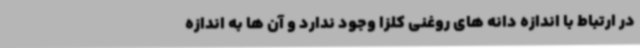
در ارتباط با اندازه دانه های روغنی کلزا وجود ندارد و آن ها به اندازه